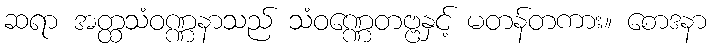
ဆရာ အတ္ထသံဝဏ္ဏနာသည် သံဝဏ္ဏေတဗ္ဗနှင့် မတန်တကား။ စောဒနာ